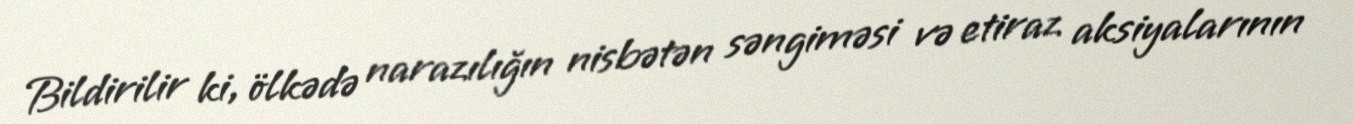
Bildirilir ki, ölkədə narazılığın nisbətən səngiməsi və etiraz aksiyalarının